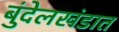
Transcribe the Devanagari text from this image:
बुंदेलखंडात